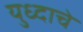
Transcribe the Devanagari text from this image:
युध्दाचे